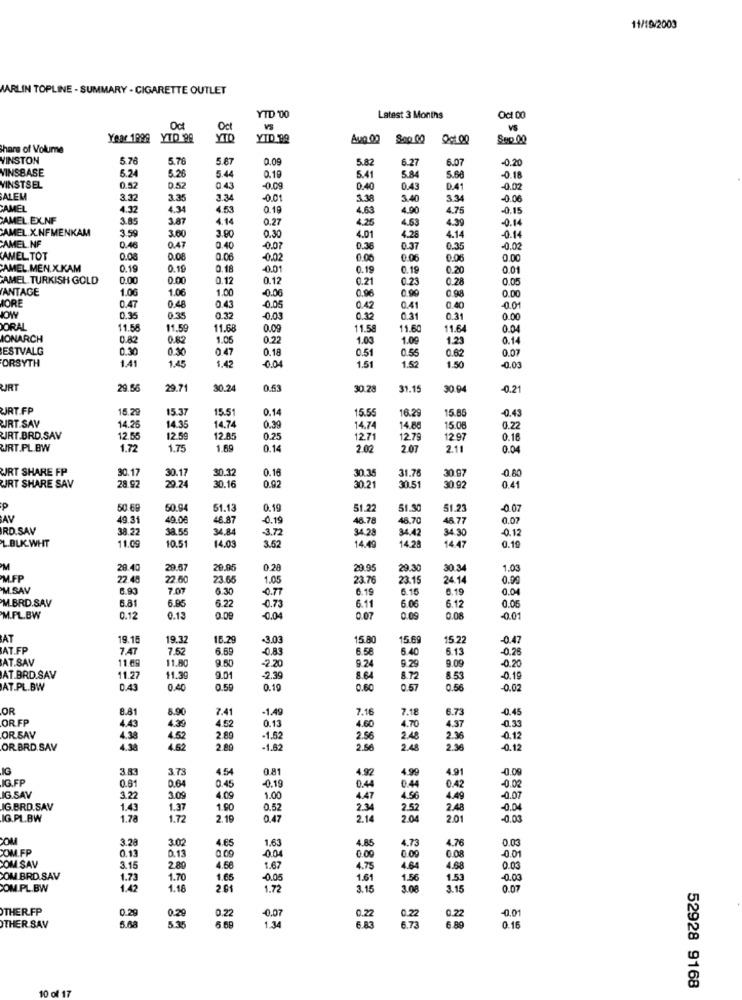
11/19/2000
MARLIN TOPLINE - SUMMARY . CIGARETTE OUTLET
YTD '00
Latest 3 Months
Oct 00
Oct
Oct
VS
Year 1999 YTD 98
YTO
YID 99
Aug.00
Sop 00
001.00
Suo 00
hare of Volume
WINSTON
5.7
5.76
5.67
0.09
5.82
6.27
6.07
-0.20
VINSBASE
6.24
5.26
5.44
0.19
5.41
5.84
5.68
-0.18
VINSTSEL
0.52
0.52
0.43
0.09
0.40
0.43
D.41
-0.02
ALEM
3.32
3.35
3.34
0.01
3.38
34
334
-0.06
CAMEL
4.32
4.34
4.53
0.19
4.63
4.90
4.75
-0.15
CAMEL.EX.NF
3.85
3.87
4.14
0.27
4.25
4.53
4.39
-0.14
CAMEL.X.NFMENKAM
3.59
3.60
3.80
0.30
4.01
4.28
4.14
-0.14
CAMEL.NF
0.46
0.47
0.40
-0.07
0.36
0.37
0.35
-0.02
CAMEL TOT
0.08
0.08
0.06
-0.02
0.00
0.06
0.06
0.00
CAMEL.MEN.X.KAM
0.19
0.16
0.18
-0.01
0.19
0.19
0.20
0.01
AMEL. TURKISH GOLD
0.00
0.00
0.12
0.12
0.21
0.23
0.28
0.05
ANTAGE
1.06
1.06
1.00
-0.06
0.96
0.90
0.98
0.00
ORE
0.47
0.43
0.48
-0.05
0.42
0.41
0.40
-0.01
0.35
0.35
0.32
-0.03
0.32
0.31
0.31
0.00
DORAL
11.58
11.59
11.68
0.09
11.58
11.60
11.64
0.04
MONARCH
0.82
0.82
1.05
0.22
1.03
1.09
1.23
0.14
ESTVALG
0.30
0.30
0.18
0.51
0.55
0.62
0.07
ORSYTH
1.41
0.47
1.42
-0.04
1.51
1.52
1.45
1.50
-0.03
RT
29.56
29.7
30.24
0.53
30.28
31.15
30.9
-0.21
JRT.FP
15.2
15.37
15.51
0.14
15.55
16.29
15.8
-0.43
14.74
JRT.SAV
14.20
14.35
0.39
14.74
14.88
15.08
0.22
JRT.BRD.SAV
12.55
12.59
12.85
0.25
1271
12.79
12.97
0.16
JRT.PL.BW
1.72
1.75
1.69
0.14
2.02
2.07
2.11
0.04
URT SHARE FP
30.32
0.16
0.97
-0.80
28.97
30.17
30.17
30.35
31.76
URT SHARE SAV
29.24
30.16
0.92
30.21
30.51
30 g
0.41
p
50.68
50.94
61.13
0.19
51.22
51.3
51.23
-0.07
AV
49.31
49.06
46.87
0.19
46.78
48.70
46.77
0.07
RD.SAV
38.22
38.55
34.84
-3.72
34.28
34.42
34.30
-0.12
L.BUK.WHT
11.09
10.51
14.03
3.62
14.49
14.28
14.47
0.19
28.40
29.57
20.05
0.20
29.95
29.30
30.34
1.03
MFP
22.45
22.60
23.65
1.05
23.76
23.15
24.14
0.99
M.SAV
6.93
7.07
6.30
-0.77
6.19
6.16
6.19
0.04
M.BRD.SAV
6.95
6.22
6.11
6.12
6.81
-0.73
6.06
0.05
M.PL.BW
0.12
0.13
0.09
-0.04
0.07
0.09
0.08
-0.01
AT
19.15
19.32
16.29
-3.03
15.80
15.69
15.22
0.47
AT.FP
7,47
7.52
6.69
-0,83
6.58
6.40
6.13
-0.28
AT.SAV
11.68
11.80
9.50
2.20
9.24
9.09
-0.20
9.29
AT.BRD.SAV
11.27
11.39
9.01
-2.39
8.64
8.72
8.53
0.19
AT.PL.BW
0.43
0.40
0.59
0.19
0.60
0.57
0.56
0.02
OR
8.81
8.90
7.41
-1.49
7.16
7.18
6.73
-0.45
OR FP
4.52
4.60
-0.33
4.43
4.39
0.13
4.70
4.37
OR SAV
4.38
4.52
2.89
-1.52
2.56
2.48
2.36
-0.12
OR BRD.SAV
4.38
4.62
2.80
-1.82
2.50
2 48
2.36
-0.12
IG
3.83
3.7
4.54
0.81
4.92
4.99
4.91
-0.09
IG.FP
0.02
0.61
0.64
0.45
-0.19
0.44
0.44
0.42
IG SAV
3.22
3.09
4.09
1.00
4.47
4.56
4.49
-0.07
IG.BRD.SAV
1.43
1.37
1.90
0.52
2.34
2.52
2.48
-0.04
IG.PL.BW
1.78
1.72
2.19
0.47
214
204
2.01
-0.03
COM
3.28
3.02
1.63
4.76
0.03
COM.FP
0.13
0.00
4.65
4.85
4.73
0.13
0.0
0.00
0.00
0.08
-0.01
COM SAV
3.15
2.80
4.56
1.67
4.75
4.64
4.68
0.03
COM BRD.SAV
1.73
1.70
1.65
-0.05
1.61
1.56
1.53
-0.03
COM.PL.BW
1.42
1.18
2.61
1.72
3.15
3.08
3.15
0.07
THERFP
0.29
0.29
0.22
0.22
0.22
-0.01
-0.07
1.34
6.83
0.22
THER SAV
5.35
5.69
6.73
6.89
0.16
52928 9168
10 of 17